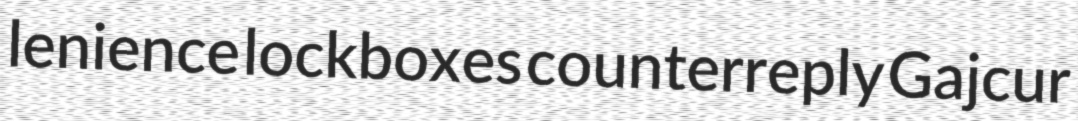
lenience lockboxes counterreply Gajcur